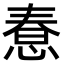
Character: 惷